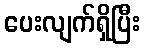
ပေးလျက်ရှိပြီး